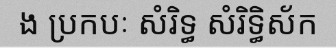
ង ប្រកបៈ សំរិទ្ធ សំរិទ្ធិស័ក